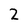
Character: 2